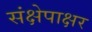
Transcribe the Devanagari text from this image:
संक्षेपाक्षर